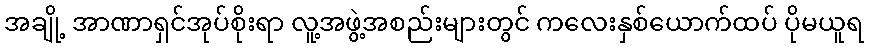
အချို့ အာဏာရှင်အုပ်စိုးရာ လူ့အဖွဲ့အစည်းများတွင် ကလေးနှစ်ယောက်ထပ် ပိုမယူရ